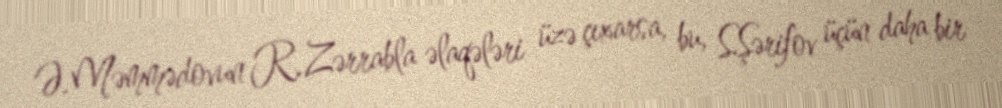
Ə.Məmmədovun R.Zərrabla əlaqələri üzə çıxarsa, bu, S.Şərifov üçün daha bir